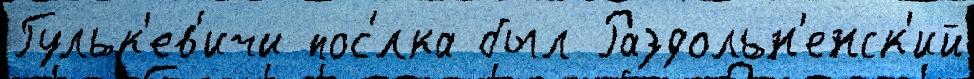
Гульк'ев'ичи пос'́лка был Раздольн'енск'ий